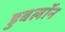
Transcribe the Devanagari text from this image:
डुबलॉन